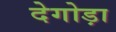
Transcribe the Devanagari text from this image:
देगोड़ा